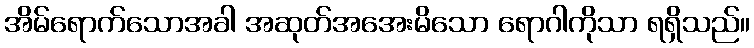
အိမ်ရောက်သောအခါ အဆုတ်အအေးမိသော ရောဂါကိုသာ ရရှိသည်။